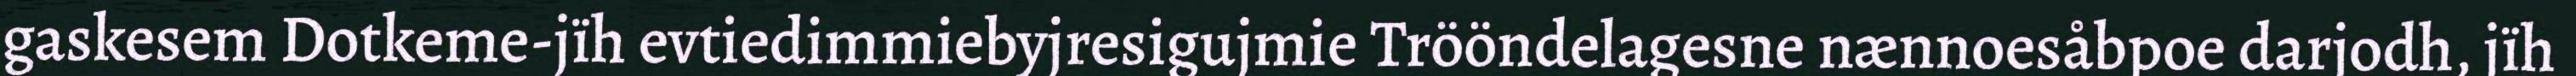
gaskesem Dotkeme-jïh evtiedimmiebyjresigujmie Trööndelagesne nænnoesåbpoe darjodh, jïh